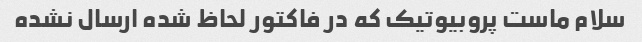
سلام ماست پروبیوتیک که در فاکتور لحاظ شده ارسال نشده